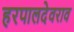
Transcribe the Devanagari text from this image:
हरपालदेवराव